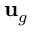
{ \bf u } _ { g }